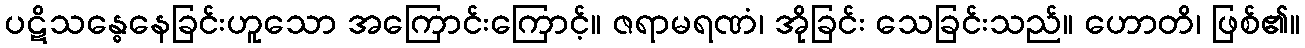
ပဋိသန္ဓေနေခြင်းဟူသော အကြောင်းကြောင့်။ ဇရာမရဏံ၊ အိုခြင်း သေခြင်းသည်။ ဟောတိ၊ ဖြစ်၏။